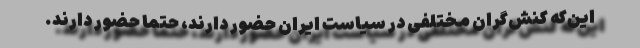
این‌که کنش‌گران مختلفی در سیاست ایران حضور دارند، حتماً حضور دارند.